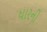
ધારની